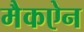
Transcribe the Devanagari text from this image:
मैकऐन